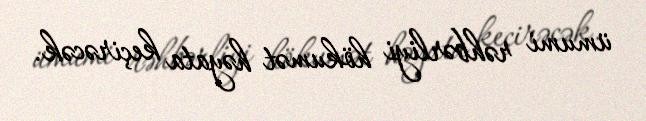
ümumi rəhbərliyi hökumət həyata keçirəcək.